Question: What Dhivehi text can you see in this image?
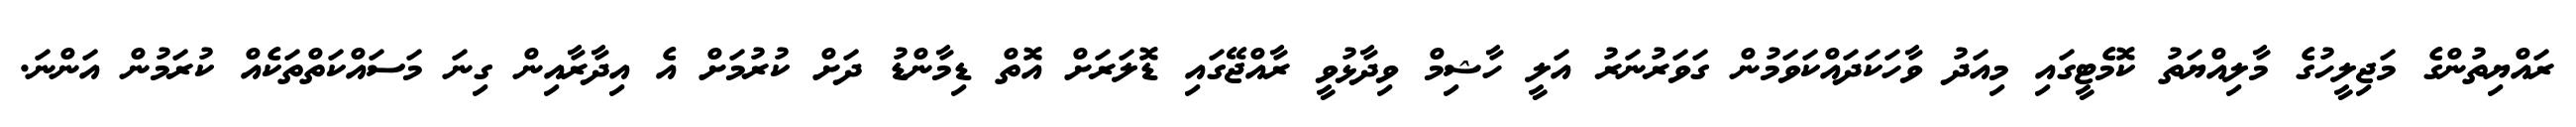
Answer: ރައްޔިތުންގެ މަޖިލީހުގެ މާލިއްޔަތު ކޮމެޓީގައި މިއަދު ވާހަކަދައްކަވަމުން ގަވަރުނަރު އަލީ ހާޝިމް ވިދާޅުވީ ރާއްޖޭގައި ޑޮލަރަށް އޮތް ޑިމާންޑު ދަށް ކުރުމަށް އެ އިދާރާއިން ގިނަ މަސައްކަތްތަކެއް ކުރަމުން އަންނަ.